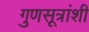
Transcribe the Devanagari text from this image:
गुणसूत्रांशी